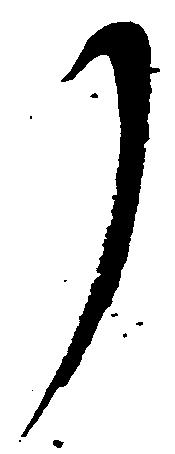
了